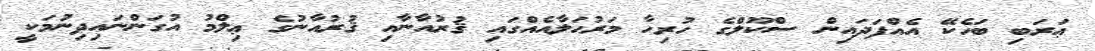
ޢަރަބި ބަހެކޭ އެއްފަދައިން ސްކޫލްގެ ހުރިހާ މަރުޙަލާއެއްގައި ޤުރުއާނާއި ޤުރުއާނުގެ ޢިލްމު އުގަންނައިދިނުމަކީ